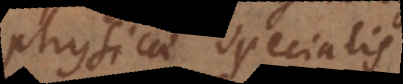
physicae specialis,